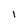
Character: 1